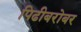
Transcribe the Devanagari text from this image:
पिढीबरोबर